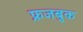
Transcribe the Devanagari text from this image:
फ्रजबुक